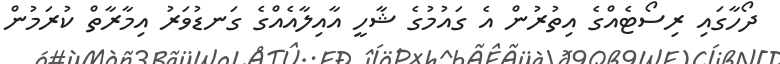
ދޯހާގައި ރިސޯޓެއްގެ އިތުރުން އެ ގައުމުގެ ޝާހީ އާއިލާއެއްގެ ގަނޑުވަރު އިމާރާތް ކުރަމުން